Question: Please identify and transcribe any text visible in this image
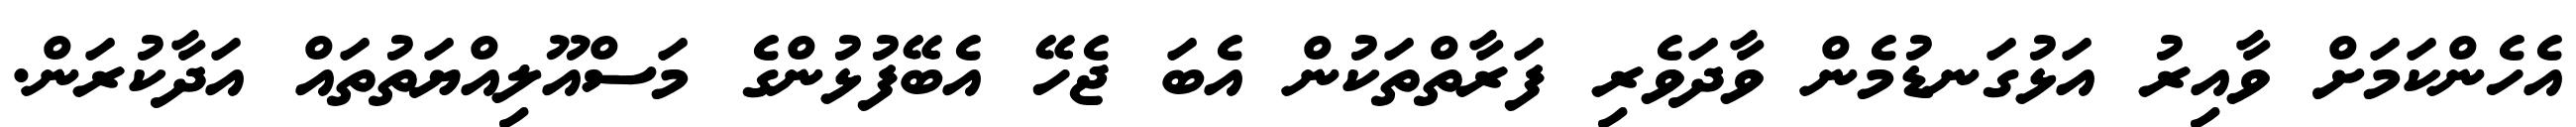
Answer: އެހެންކަމަށް ވާއިރު އަޅުގަނޑުމެން ވާދަވެރި ފަރާތްތަކުން އެބަ ޖެހޭ އެބޭފުޅުންގެ މަސްއޫލިއްޔަތުތައް އަދާކުރަން.